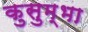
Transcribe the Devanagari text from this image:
कुसुम्भा